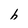
Character: h